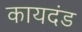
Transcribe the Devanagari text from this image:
कायदंड